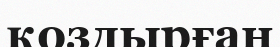
қоздырған